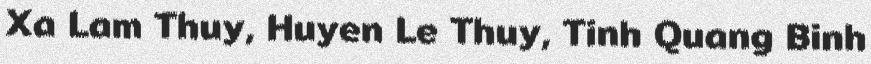
Xa Lam Thuy, Huyen Le Thuy, Tinh Quang Binh